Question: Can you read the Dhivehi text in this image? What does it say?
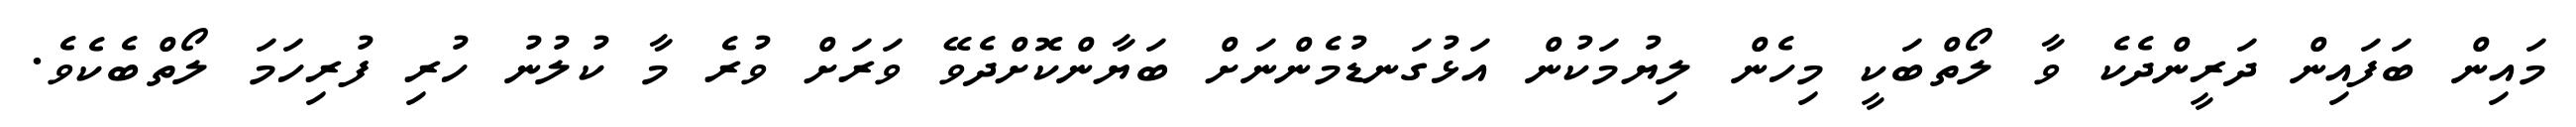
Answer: މައިން ބަފައިން ދަރީންދެކެ ވާ ލޯތްބަކީ މިހެން ލިޔުމަކުން އަޅުގަނޑުމެންނަށް ބަޔާންކޮށްދެވޭ ވަރަށް ވުރެ މާ ކުލުނު ހުރި ފުރިހަމަ ލޯތްބެކެވެ.